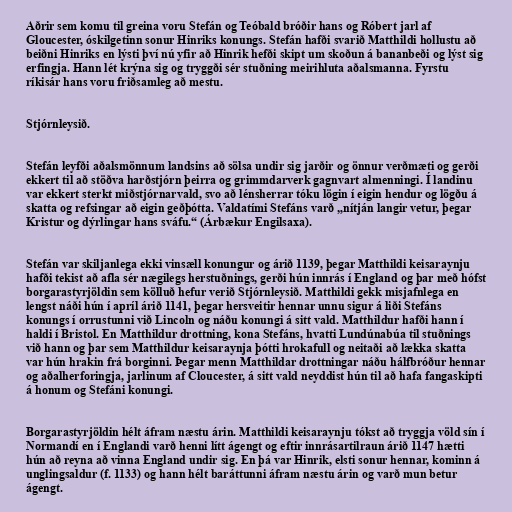
Aðrir sem komu til greina voru Stefán og Teóbald bróðir hans og Róbert jarl af
Gloucester, óskilgetinn sonur Hinriks konungs. Stefán hafði svarið Matthildi hollustu að
beiðni Hinriks en lýsti því nú yfir að Hinrik hefði skipt um skoðun á bananbeði og lýst sig
erfingja. Hann lét krýna sig og tryggði sér stuðning meirihluta aðalsmanna. Fyrstu
ríkisár hans voru friðsamleg að mestu.

Stjórnleysið.

Stefán leyfði aðalsmönnum landsins að sölsa undir sig jarðir og önnur verðmæti og gerði
ekkert til að stöðva harðstjórn þeirra og grimmdarverk gagnvart almenningi. Í landinu
var ekkert sterkt miðstjórnarvald, svo að lénsherrar tóku lögin í eigin hendur og lögðu á
skatta og refsingar að eigin geðþótta. Valdatími Stefáns varð „nítján langir vetur, þegar
Kristur og dýrlingar hans sváfu.“ (Árbækur Engilsaxa).

Stefán var skiljanlega ekki vinsæll konungur og árið 1139, þegar Matthildi keisaraynju
hafði tekist að afla sér nægilegs herstuðnings, gerði hún innrás í England og þar með hófst
borgarastyrjöldin sem kölluð hefur verið Stjórnleysið. Matthildi gekk misjafnlega en
lengst náði hún í apríl árið 1141, þegar hersveitir hennar unnu sigur á liði Stefáns
konungs í orrustunni við Lincoln og náðu konungi á sitt vald. Matthildur hafði hann í
haldi í Bristol. En Matthildur drottning, kona Stefáns, hvatti Lundúnabúa til stuðnings
við hann og þar sem Matthildur keisaraynja þótti hrokafull og neitaði að lækka skatta
var hún hrakin frá borginni. Þegar menn Matthildar drottningar náðu hálfbróður hennar
og aðalherforingja, jarlinum af Cloucester, á sitt vald neyddist hún til að hafa fangaskipti
á honum og Stefáni konungi.

Borgarastyrjöldin hélt áfram næstu árin. Matthildi keisaraynju tókst að tryggja völd sín í
Normandí en í Englandi varð henni lítt ágengt og eftir innrásartilraun árið 1147 hætti
hún að reyna að vinna England undir sig. En þá var Hinrik, elsti sonur hennar, kominn á
unglingsaldur (f. 1133) og hann hélt baráttunni áfram næstu árin og varð mun betur
ágengt.